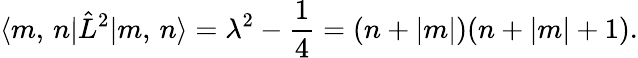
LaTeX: \langle m,\, n|\hat{L}^{2}|m,\, n\rangle=\lambda^{2}-\frac 14=(n+|m|)(n+|m|+1).